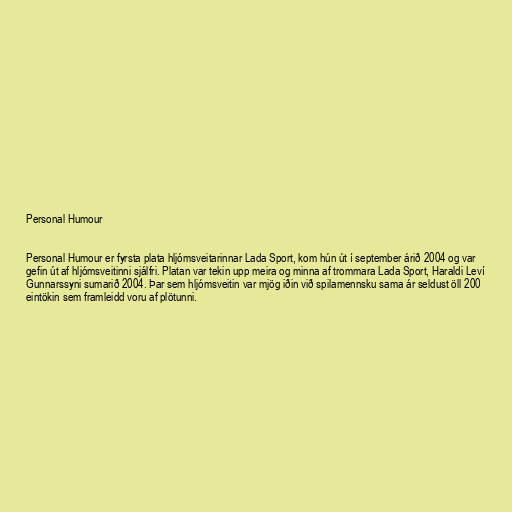
Personal Humour

Personal Humour er fyrsta plata hljómsveitarinnar Lada Sport, kom hún út í september árið 2004 og var
gefin út af hljómsveitinni sjálfri. Platan var tekin upp meira og minna af trommara Lada Sport, Haraldi Leví
Gunnarssyni sumarið 2004. Þar sem hljómsveitin var mjög iðin við spilamennsku sama ár seldust öll 200
eintökin sem framleidd voru af plötunni.